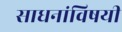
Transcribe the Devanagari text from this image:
साधनांविषयी